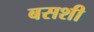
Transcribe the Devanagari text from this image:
बसशी